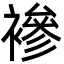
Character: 襂